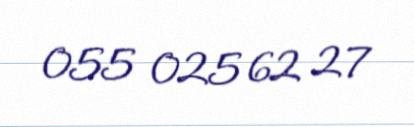
055 025 62 27